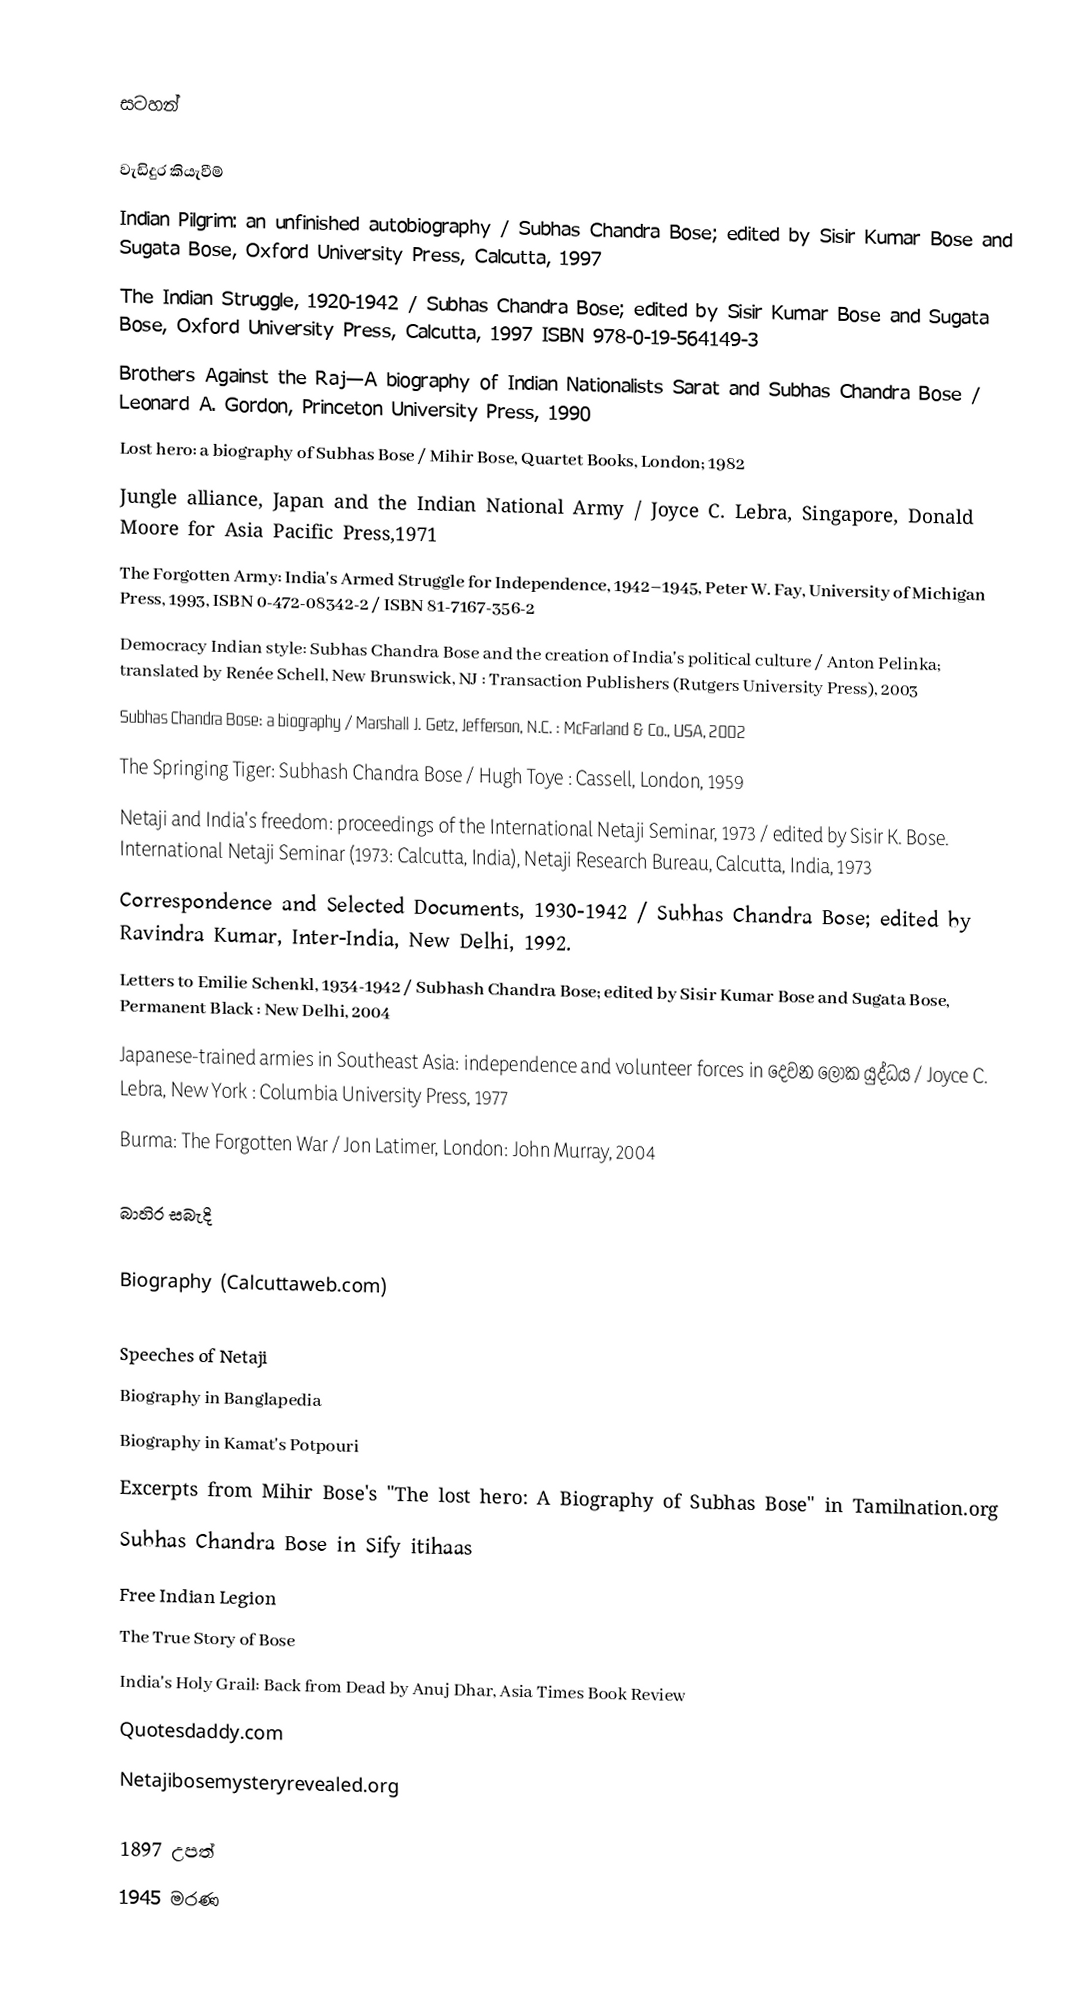

සටහන්

වැඩිදුර කියැවීම්
 Indian Pilgrim: an unfinished autobiography / Subhas Chandra Bose; edited by Sisir Kumar Bose and Sugata Bose, Oxford University Press, Calcutta, 1997
 The Indian Struggle, 1920-1942 / Subhas Chandra Bose; edited by Sisir Kumar Bose and Sugata Bose, Oxford University Press, Calcutta, 1997 ISBN 978-0-19-564149-3
 Brothers Against the Raj—A biography of Indian Nationalists Sarat and Subhas Chandra Bose / Leonard A. Gordon, Princeton University Press, 1990
 Lost hero: a biography of Subhas Bose / Mihir Bose, Quartet Books, London;  1982
 Jungle alliance, Japan and the Indian National Army / Joyce C. Lebra, Singapore, Donald Moore for Asia Pacific Press,1971
 The Forgotten Army: India's Armed Struggle for Independence, 1942–1945, Peter W. Fay, University of Michigan Press, 1993, ISBN 0-472-08342-2 / ISBN 81-7167-356-2
 Democracy Indian style: Subhas Chandra Bose and the creation of India's political culture / Anton Pelinka; translated by Renée Schell, New Brunswick, NJ : Transaction Publishers (Rutgers University Press), 2003
 Subhas Chandra Bose: a biography / Marshall J. Getz, Jefferson, N.C. : McFarland & Co., USA, 2002
 The Springing Tiger: Subhash Chandra Bose / Hugh Toye : Cassell, London, 1959
 Netaji and India's freedom: proceedings of the International Netaji Seminar, 1973 / edited by Sisir K. Bose. International Netaji Seminar (1973: Calcutta, India), Netaji Research Bureau, Calcutta, India, 1973
 Correspondence and Selected Documents, 1930-1942 / Subhas Chandra Bose; edited by Ravindra Kumar, Inter-India, New Delhi, 1992.
 Letters to Emilie Schenkl, 1934-1942 / Subhash Chandra Bose; edited by Sisir Kumar Bose and Sugata Bose, Permanent Black : New Delhi, 2004
  Japanese-trained armies in Southeast Asia: independence and volunteer forces in දෙවන ලෝක යුද්ධය / Joyce C. Lebra, New York : Columbia University Press, 1977
 Burma: The Forgotten War / Jon Latimer, London: John Murray, 2004

බාහිර සබැදි

 Biography (Calcuttaweb.com)

 Speeches of Netaji
 Biography in Banglapedia
 Biography  in Kamat's Potpouri
 Excerpts from Mihir Bose's "The lost hero: A Biography of Subhas Bose"  in Tamilnation.org
 Subhas Chandra Bose in Sify itihaas
 Free Indian Legion
 The True Story of Bose
 India's Holy Grail: Back from Dead by Anuj Dhar, Asia Times Book Review
 Quotesdaddy.com
 Netajibosemysteryrevealed.org

1897 උපත්
1945 මරණ